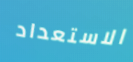
الاستعداد